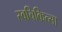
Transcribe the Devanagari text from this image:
स्वचिकित्सा